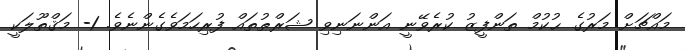
މައްޗަށް މަރުގެ ޙުކުމް ތަންފީޒު ކުރެވޭނީ އަންނަނިވި ޝަރްޠުތައް ފުރިހަމަވެގެންނެވެ. 1- މަޤްތޫލަކީ